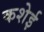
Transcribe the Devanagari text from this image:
कशेई